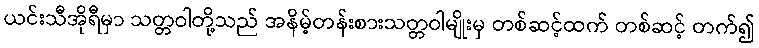
ယင်းသီအိုရီမှာ သတ္တဝါတို့သည် အနိမ့်တန်းစားသတ္တဝါမျိုးမှ တစ်ဆင့်ထက် တစ်ဆင့် တက်၍